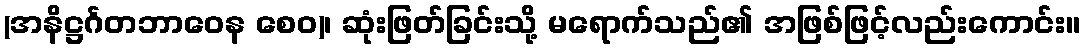
(အနိဋ္ဌင်္ဂတဘာဝေန စေဝ)၊ ဆုံးဖြတ်ခြင်းသို့ မရောက်သည်၏ အဖြစ်ဖြင့်လည်းကောင်း။